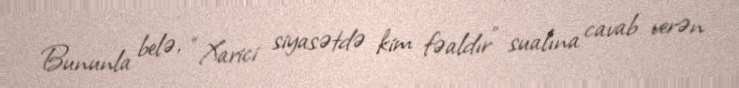
Bununla belə, “Xarici siyasətdə kim fəaldır” sualına cavab verən